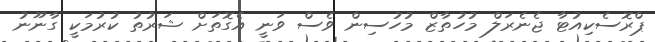
ޕްރޮސެކިއުޓާ ޖެނެރަލް މުހުތާޒް މުހުސިން ވެސް ވަނީ އެގޮތަށް ޝަރުތު ކުރުމަކީ ގާނޫނު